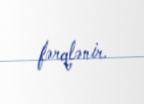
fərqlənir.